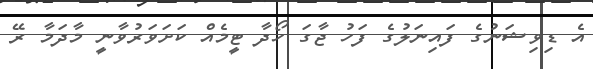
އެ ޑިވިޝަނުގެ ފައިނަލުގެ ފަހު ޖާގަ ހޯދާ ޓީމެއް ކަށަވަރުވާނީ މާދަމާ ރޭ